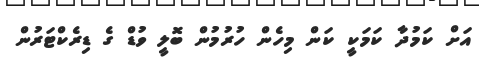
އަށް ކަމުދާ ކަމަކީ ކަން މިހެން ހުރުމުން ބޮލީ ވުޑް ގެ ޑިރެކްޓަރުން